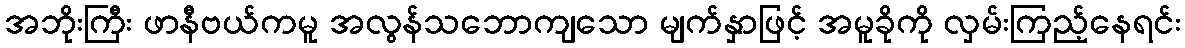
အဘိုးကြီး ဖာနီဗယ်ကမူ အလွန်သဘောကျသော မျက်နှာဖြင့် အမူခိုကို လှမ်းကြည့်နေရင်း